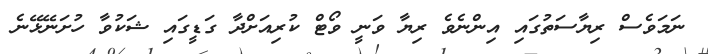
ނަމަވެސް ރިޔާސަތުގައި އިންނެވެ ރިޔާ ވަނީ ވޯޓް ކުރިއަށްދާ ގަޑީގައި ޝަކުވާ ހުށަނޭޅޭނެ